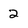
Character: 2